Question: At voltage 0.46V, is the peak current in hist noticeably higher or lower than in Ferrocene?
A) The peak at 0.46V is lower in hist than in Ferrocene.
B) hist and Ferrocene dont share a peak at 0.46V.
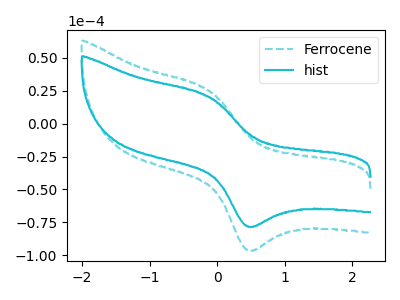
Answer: <think>The cyan dashed curve "Ferrocene" has an anodic peak at (-0.15V, 25.35uA) and a cathodic peak at (0.45V, -95.95uA). The cyan curve "hist" has an anodic peak at (-0.15V, 20.60uA) and a cathodic peak at (0.45V, -77.95uA).</think>
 <answer>A) The peak at 0.46V is lower in "hist" than in "Ferrocene".</answer>
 <eval>A</eval>